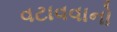
વટાવવાનો